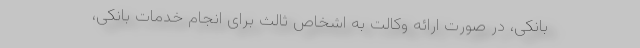
بانکی، در صورت ارائه وکالت به اشخاص ثالث برای انجام خدمات بانکی،